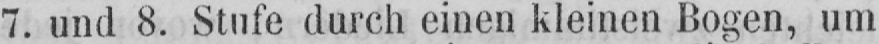
7. und 8. Stufe durch einen kleinen Bogen, um